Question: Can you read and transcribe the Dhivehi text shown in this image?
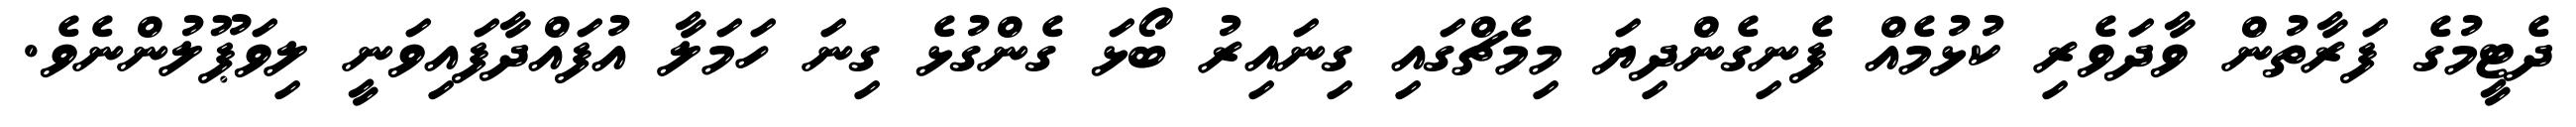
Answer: ދެޓީމުގެ ފަރާތުން ވާދަވެރި ކުޅުމެއް ފެނިގެންދިޔަ މިމެޗްގައި ގިނައިރު ބޯޅަ ގެންގުޅެ ގިނަ ހަމަލާ އުފައްދާފައިވަނީ ލިވަޕޫލުންނެވެ.